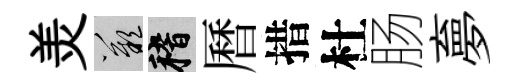
羙嘆稽曆措杜肠夣